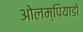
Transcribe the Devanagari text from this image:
ओलम्पियाडो